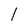
Character: l